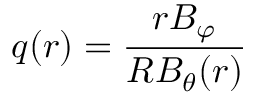
q ( r ) = \frac { r B _ { \varphi } } { R B _ { \theta } ( r ) }